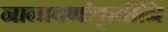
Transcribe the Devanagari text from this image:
नानावर्णाकृतीनि